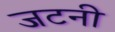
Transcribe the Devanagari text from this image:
जटनी